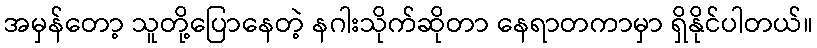
အမှန်တော့ သူတို့ပြောနေတဲ့ နဂါးသိုက်ဆိုတာ နေရာတကာမှာ ရှိနိုင်ပါတယ်။